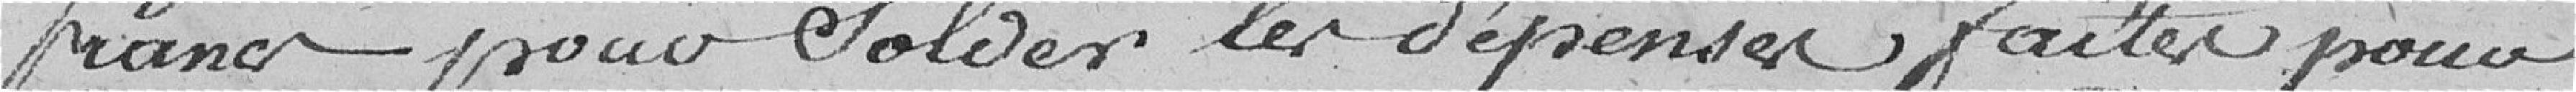
francs pour solder les dépenses faites pour